Lunatic asylums in Bengal annual reports 1899-1911 - 1899-1911
Year: 1899
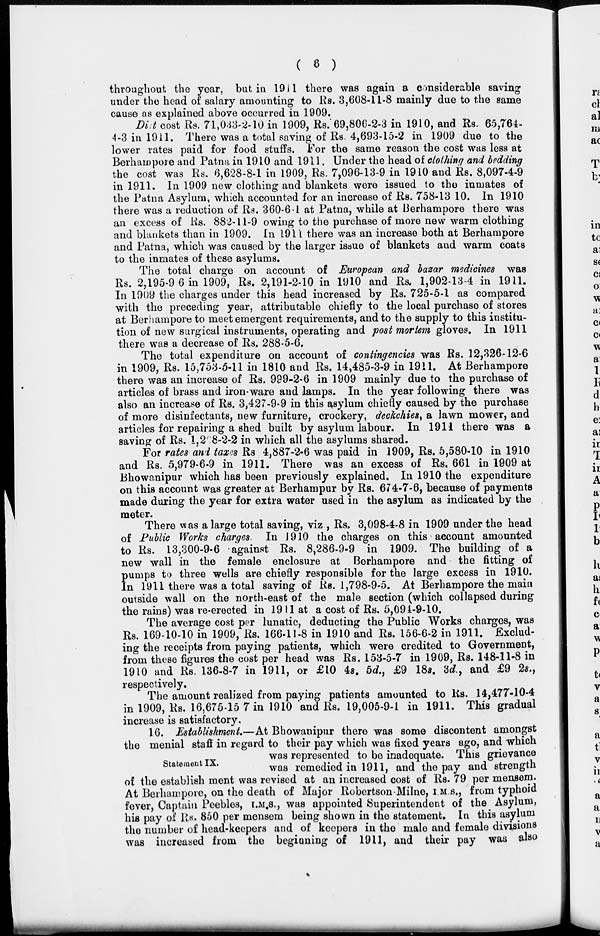
( 6 )
throughout the year, but in 1911 there was again a considerable saving
under the head of salary amounting to Rs. 3,608-11-8 mainly due to the same
cause as explained above occurred in 1909,
Diet cost Rs. 71,033-2-10 in 1909, Rs. 69,806-2-3 in 1910, and Rs. 65,764-
4-3 in 1911. There was a total saving of Rs. 4,693-15-2 in 1909 due to the
lower rates paid for food stuffs. For the same reason the cost was less at
Berhampore and Patna in 1910 and 1911. Under the head of clothing and bedding
the cost was Rs. 6,628-8-1 in 1909, Rs. 7,096-13-9 in 1910 and Rs. 8,097-4-9
in 1911. In 1909 new clothing and blankets were issued to the inmates of
the Patna Asylum, which accounted for an increase of Rs. 758-13 10. In 1910
there was a reduction of Rs. 360-6-1 at Patna, while at Berhampore there was
an excess of Rs. 882-11-9 owing to the purchase of more new warm clothing
and blankets than in 1909. In 1911 there was an increase both at Berhampore
and Patna, which was caused by the larger issue of blankets and warm coats
to the inmates of these asylums.
The total charge on account of European and bazar medicines was
Rs. 2,195-9 6 in 1909, Rs. 2,191-2-10 in 1910 and Rs. 1,902-13-4 in 1911.
In 1909 the charges under this head increased by Rs. 725-5-1 as compared
with the preceding year, attributable chiefly to the local purchase of stores
at Berhampore to meet emergent requirements, and to the supply to this institu-
tion of new surgical instruments, operating and post mortem gloves. In 1911
there was a decrease of Rs. 288-5-6.
The total expenditure on account of contingencies was Rs. 12,326-12-6
in 1909, Rs. 15,753-5-11 in 1810 and Rs. 14,485-3-9 in 1911. At Berhampore
there was an increase of Rs. 999-2-6 in 1909 mainly due to the purchase of
articles of brass and iron-ware and lamps. In the year following there was
also an increase of Rs. 3,427-9-9 in this asylum chiefly caused by the purchase
of more disinfectants, new furniture, crockery, deckchies, a lawn mower, and
articles for repairing a shed built by asylum labour. In 1911 there was a
saving of Rs. 1,268-2-2 in which all the asylums shared.
For rates and taxes Rs 4,887-2-6 was paid in 1909, Rs. 5,580-10 in 1910
and Rs. 5,979-6-9 in 1911. There was an excess of Rs, 661 in 1909 at
Bhowanipur which has been previously explained. In 1910 the expenditure
on this account was greater at Berhampur by Rs. 674-7-6, because of payments
made during the year for extra water used in the asylum as indicated by the
meter.
There was a large total saving, viz , Rs. 3,098-4-8 in 1909 under the head
of Public Works charges. In 1910 the charges on this account amounted
to Rs. 13,300-9-6 against Rs. 8,286-9-9 in 1909. The building of a
new wall in the female enclosure at Berhampore and the fitting of
pumps to three wells are chiefly responsible for the large excess in 1910.
In 1911 there was a total saving of Rs. 1,798-9-5. At Berhampore the main
outside wall on the north-east of the male section (which collapsed during
the rains) was re-erected in 1911 at a cost of Rs. 5,094-9-10.
The average cost per lunatic, deducting the Public Works charges, was
Rs. 169-10-10 in 1909, Rs. 166-11-8 in 1910 and Rs. 156-6-2 in 1911. Exclud-
ing the receipts from paying patients, which were credited to Government,
from these figures the cost per head was Rs. 153-5-7 in 1909, Rs. 148-11-8 in
1910 and Rs. 136-8-7 in 1911, or £10 4s. 5d., £9 18s. 3c£, and £9 2s.,
respectively.
The amount realized from paying patients amounted to Rs. 14,477-10-4
in 1909, Rs. 16,675-15 7 in 1910 and Rs. 19,005-9-1 in 1911. This gradual
increase is satisfactory.
Statement IX.
16. Establishment—At Bhowanipur there was some discontent amongst
the menial staff in regard to their pay which was fixed years ago, and which
was represented to be inadequate. This grievance
was remedied in 1911, and the pay and strength
of the establish ment was revised at an increased cost of Rs. 79 per mensem.
At Berhampore, on the death of Major Robertson Milne, I.M S., from typhoid
fever, Captain Peebles, I.M.S., was appointed Superintendent of the Asylum,
his pay of Rs. 850 per mensem being shown in the statement. In this asylum
the number of head-keepers and of keepers in the male and female divisions
was increased from the beginning of 1911, and their pay was also